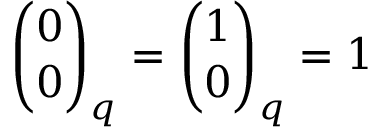
{ \binom { 0 } { 0 } } _ { q } = { \binom { 1 } { 0 } } _ { q } = 1